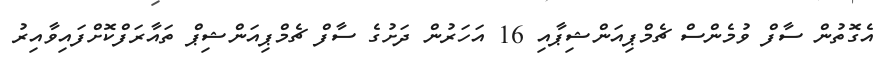
އެގޮތުން ސާފް ވުމެންސް ޗެމްޕިއަންޝިޕާއި 16 އަހަރުން ދަށުގެ ސާފް ޗެމްޕިއަންޝިޕް ތައާރަފްކޮށްފައިވާއިރު